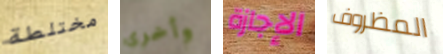
مختلطة وأخرى الإجازة المظروف